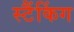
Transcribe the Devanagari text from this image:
स्टैंकिंग